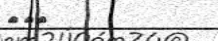
٢٢٣